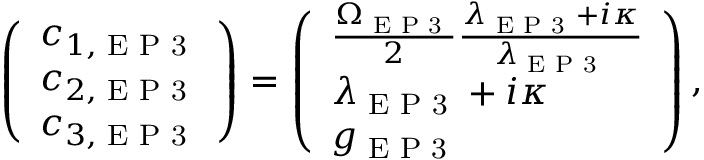
\left( \begin{array} { l } { c _ { 1 , \textrm { E P 3 } } } \\ { c _ { 2 , \textrm { E P 3 } } } \\ { c _ { 3 , \textrm { E P 3 } } } \end{array} \right) = \left( \begin{array} { l } { \frac { \Omega _ { \textrm { E P 3 } } } { 2 } \frac { \lambda _ { \textrm { E P 3 } } + i \kappa } { \lambda _ { \textrm { E P 3 } } } } \\ { \lambda _ { \textrm { E P 3 } } + i \kappa } \\ { g _ { \textrm { E P 3 } } } \end{array} \right) ,